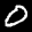
Label: 0